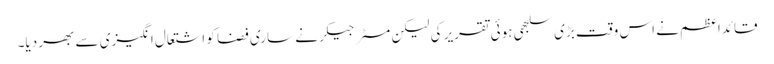
قائداعظم نے اس وقت بڑی سلجھی ہوئی تقریر کی لیکن مسٹر جیکر نے ساری فضا کو اشتعال انگیزی سے بھر دیا۔